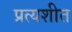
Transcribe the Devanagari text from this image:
प्रत्यशीत